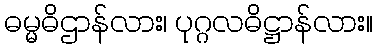
ဓမ္မဓိဌာန်လား၊ ပုဂ္ဂလဓိဋ္ဌာန်လား။